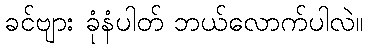
ခင်ဗျား ခုံနံပါတ် ဘယ်လောက်ပါလဲ။